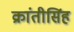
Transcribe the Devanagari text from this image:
क्रांतीसिंह